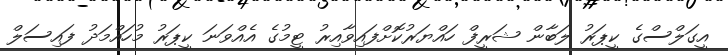
އީގަލްސްގެ ކީޕަރު ލަބާން ޝަރީފް ހައްޔަރުކޮށްފައިވާއިރު ޓީމުގެ އެއްވަނަ ކީޕަރު މުހައްމަދު ފައިސަލް